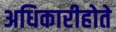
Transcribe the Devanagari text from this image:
अधिकारीहोते